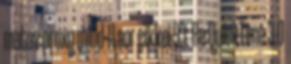
matav proxy mind 11 sor cikkei 93. Re:QuickTime 3.0